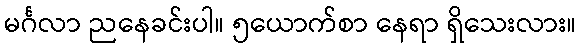
မင်္ဂလာ ညနေခင်းပါ။ ၅ယောက်စာ နေရာ ရှိသေးလား။